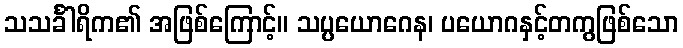
သသင်္ခါရိက၏ အဖြစ်ကြောင့်။ သပ္ပယောဂေန၊ ပယောဂနှင့်တကွဖြစ်သော